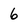
Character: 6